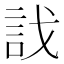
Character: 𧥾